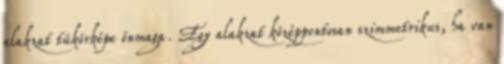
alakzat tükörképe önmaga. Egy alakzat középpontosan szimmetrikus, ha van